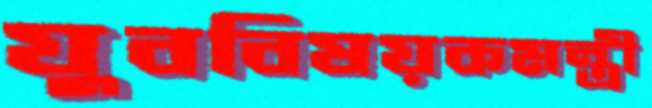
যুববিষয়কমন্ত্রী